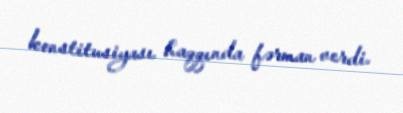
konstitusiyası haqqında fərman verdi.